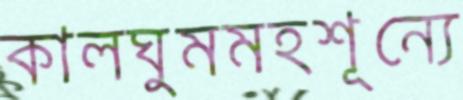
কালঘুমমহশূন্যে